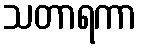
သတာရကာ